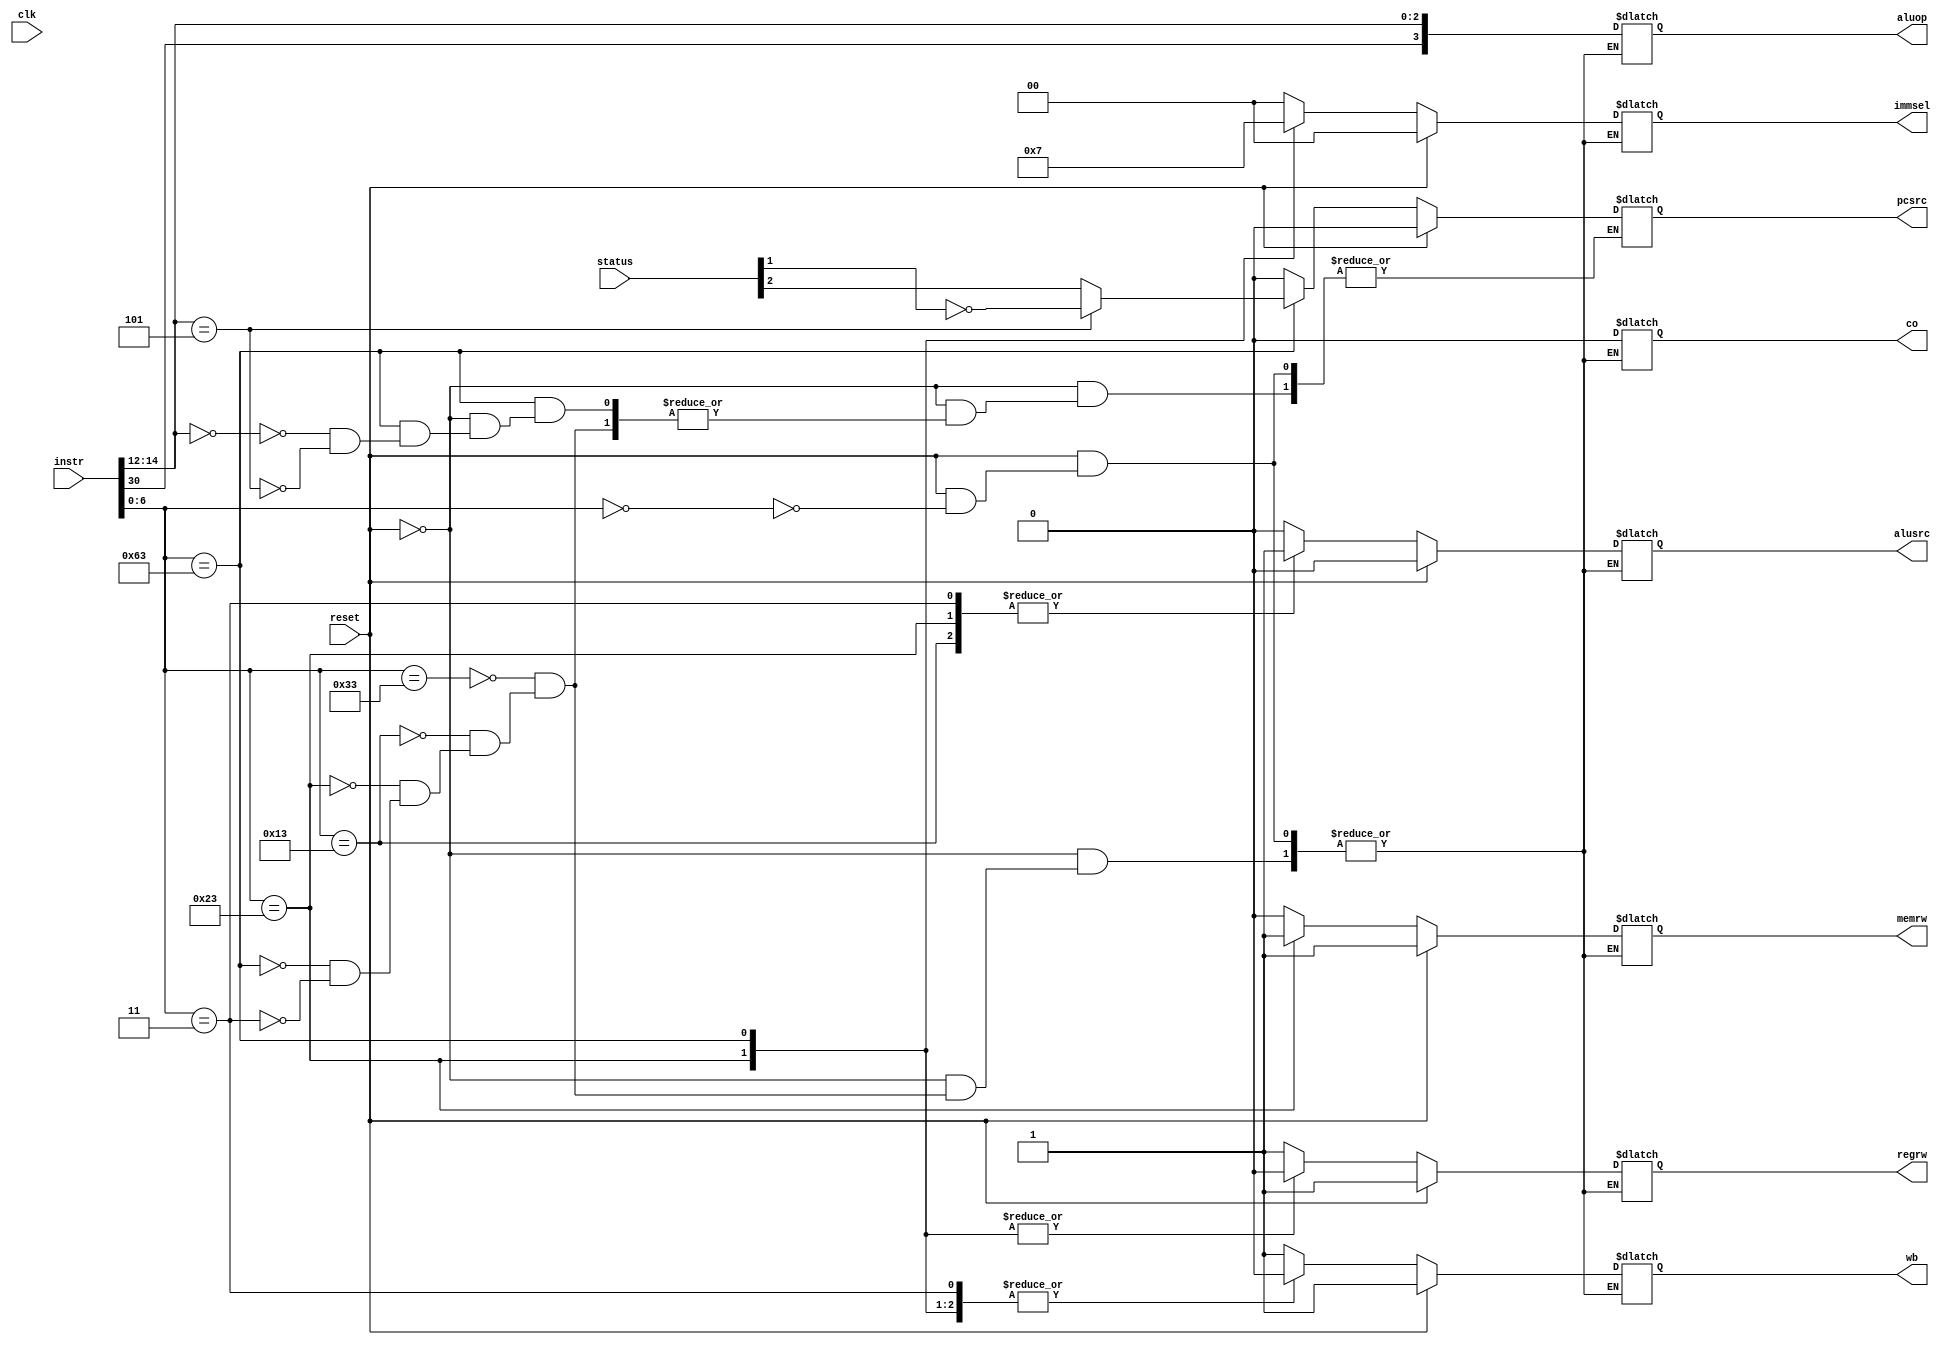
module CU(instr, reset, clk, status, pcsrc, aluop, immsel, wb, alusrc, regrw, memrw, co);

input [31:0]instr;
input reset;
input clk;
input [3:0]status;

output reg pcsrc;
output reg [3:0]aluop;
output reg [1:0]immsel;
output reg wb;
output reg alusrc;
output reg regrw;
output reg memrw;
output reg co;

always @(instr or reset)
if (reset == 0)
	case (instr[6:0])
	7'b0110011 : begin //R
					pcsrc = 0;
					immsel = 00;
					wb = 1;
					alusrc = 0;
					regrw = 1;
					memrw = 0;
					co = 0;
					aluop = {instr[30],instr[14:12]};
					end
					
	7'b0010011 : begin //I
					pcsrc = 0;
					immsel = 00;
					wb = 1;
					alusrc = 1;
					regrw = 1;
					memrw = 0;
					co = 0;
					aluop = {instr[30],instr[14:12]};
					end
					
	7'b0100011 : begin //S
					pcsrc = 0;
					immsel = 01;
					wb = 0;
					alusrc = 1;
					regrw = 0;
					memrw = 1;
					co = 0;
					aluop = {instr[30],instr[14:12]};
					end
					
	7'b1100011 : begin //B
					case (instr[14:12])
						3'b000 : begin
							pcsrc = status[2]; //beq so Zero flag
							end
						3'b101 : begin
							pcsrc = ~(status[1]); //bge so Negative flag
							end
					endcase
					immsel = 11;
					wb = 0;
					alusrc = 0;
					regrw = 0;
					memrw = 0;
					co = 0;
					aluop = {instr[30],instr[14:12]};
					end
					
	7'b0000011 : begin //lw
					pcsrc = 0;
					immsel = 00;
					wb = 0;
					alusrc = 1;
					regrw = 1;
					memrw = 0;
					co = 0;
					aluop = {instr[30],instr[14:12]};
					end
	endcase
	else
	case (instr[6:0])
	7'b0000000 : begin
					pcsrc = 0;
					immsel = 00;
					wb = 1;
					alusrc = 0;
					regrw = 1;
					memrw = 1;
					co = 0;
					aluop = {instr[30],instr[14:12]};
					end
	endcase
endmodule